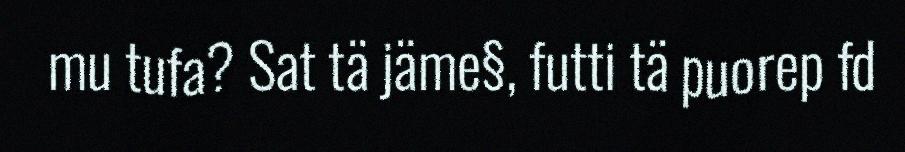
mu tufa? Sat tä jäme§, futti tä puorep fd